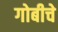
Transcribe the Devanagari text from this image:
गोबीचे